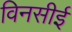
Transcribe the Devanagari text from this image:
विनसीई